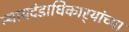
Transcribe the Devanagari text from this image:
न्यायदंडाधिकार्‍यांच्या